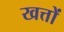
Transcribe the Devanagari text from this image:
खत्तों